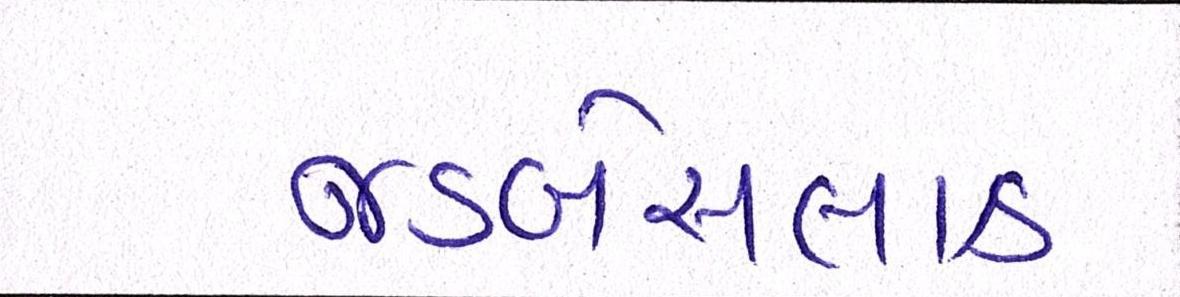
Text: જડબેસલાક